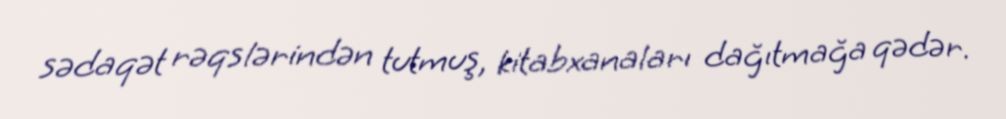
sədaqət rəqslərindən tutmuş, kitabxanaları dağıtmağa qədər.